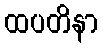
ထပတိနာ